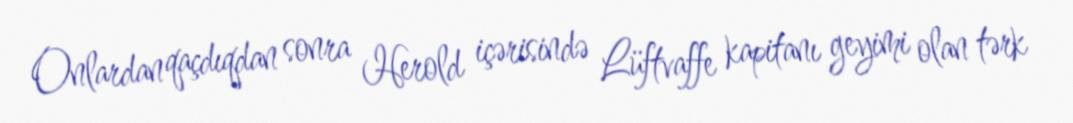
Onlardan qaçdıqdan sonra Herold içərisində Lüftvaffe kapitanı geyimi olan tərk